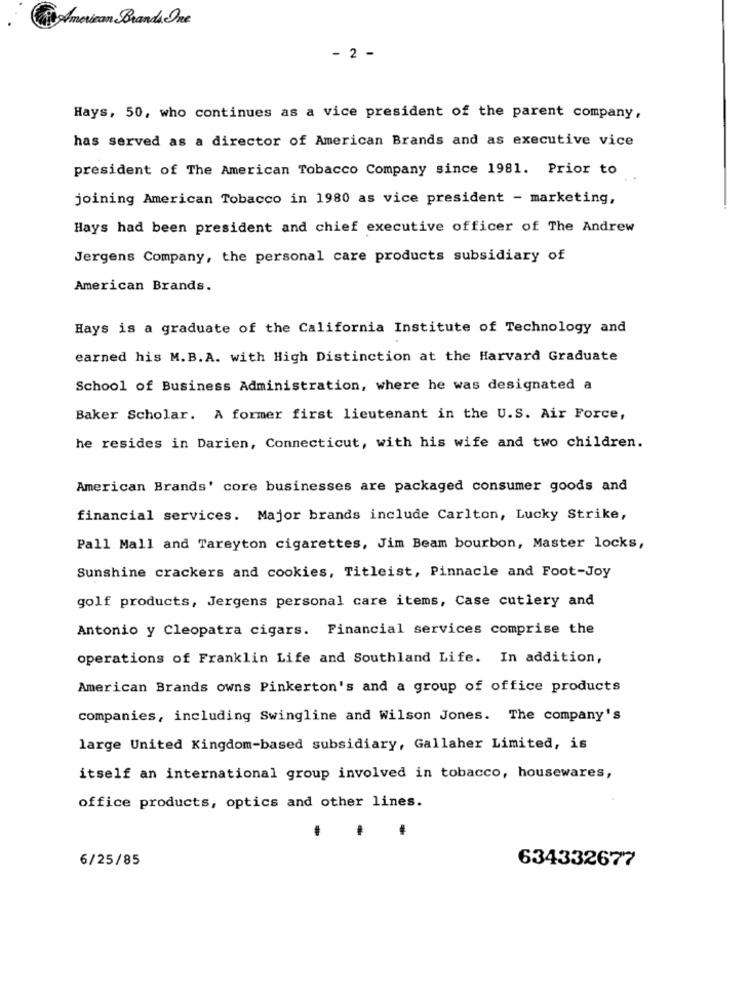
American Brands One
- 2 -
Hays, 50, who continues as a vice president of the parent company,
has served as a director of American Brands and as executive vice
president of The American Tobacco Company since 1981. Prior to
joining American Tobacco in 1980 as vice president - marketing,
Hays had been president and chief executive officer of The Andrew
Jergens Company, the personal care products subsidiary of
American Brands.
Hays is a graduate of the California Institute of Technology and
earned his M.B.A. with High Distinction at the Harvard Graduate
School of Business Administration, where he was designated a
Baker Scholar. A former first lieutenant in the U.S. Air Force,
he resides in Darien, Connecticut, with his wife and two children.
American Brands' core businesses are packaged consumer goods and
financial services. Major brands include Carlton, Lucky Strike,
Pall Mall and Tareyton cigarettes, Jim Beam bourbon, Master locks,
Sunshine crackers and cookies, Titleist, Pinnacle and Foot-Joy
golf products, Jergens personal care items, Case cutlery and
Antonio y Cleopatra cigars. Financial services comprise the
operations of Franklin Life and Southland Life. In addition,
American Brands owns Pinkerton's and a group of office products
companies, including Swingline and Wilson Jones. The company's
large United Kingdom-based subsidiary, Gallaher Limited, is
itself an international group involved in tobacco, housewares,
office products, optics and other lines.
6/25/85
634332677